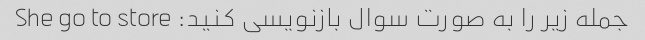
جمله زیر را به صورت سوال بازنویسی کنید: She go to store